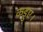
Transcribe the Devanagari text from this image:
कड़ुए।